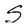
Character: S